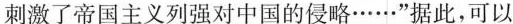
刺激了帝国主义列强对中国的侵略······”据此，可以